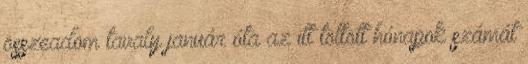
összeadom tavaly január óta az itt töltött hónapok számát